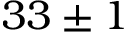
3 3 \pm 1